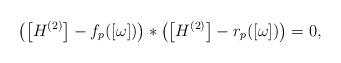
LaTeX: \begin{gather*}\big(\big[H^{(2)}\big]-f_p([\omega])\big) * \big(\big[H^{(2)}\big]-r_p([\omega])\big)=0,\end{gather*}